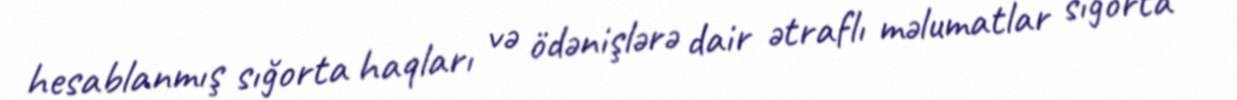
hesablanmış sığorta haqları və ödənişlərə dair ətraflı məlumatlar sığorta